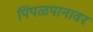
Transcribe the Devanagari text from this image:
पिंपळपानावर